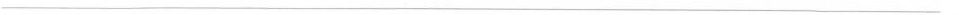
——————